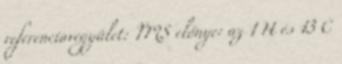
referenciavegyület: TMS előnye: az 1 H és 13 C